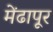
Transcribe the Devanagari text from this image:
मेंढापूर